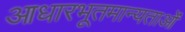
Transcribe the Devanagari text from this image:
आधारभूतमान्यताओं